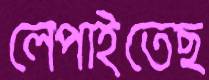
লেপাইতেছ